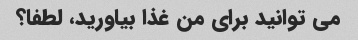
می توانید برای من غذا بیاورید، لطفا؟